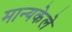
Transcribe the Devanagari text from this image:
मान्यकेले